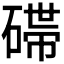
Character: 𬒛